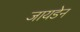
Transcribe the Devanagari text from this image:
जायडेन